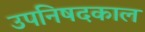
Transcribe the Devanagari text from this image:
उपनिषदकाल